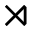
\rtimes